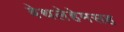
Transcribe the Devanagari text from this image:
बेथलेहेमसह